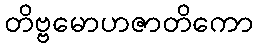
တိဗ္ဗမောဟဇာတိကော